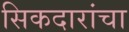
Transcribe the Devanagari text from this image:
सिकदारांचा